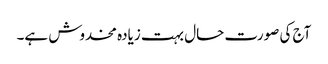
آج کی صورت حال بہت زیادہ مخدوش ہے۔